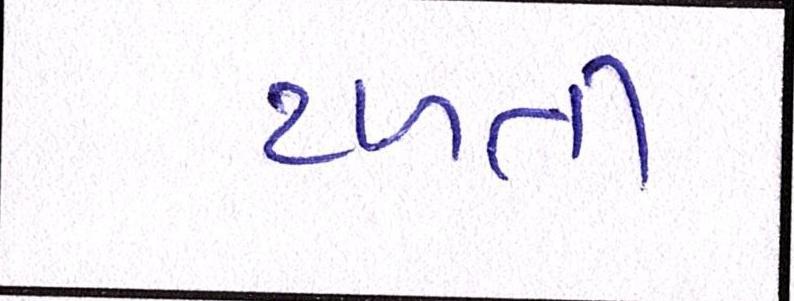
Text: ટળતી